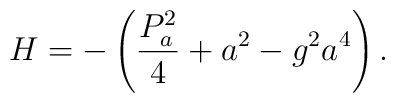
H = - \left( \frac{P_{a}^{2}}{4} + a^{2} - g^{2} a^{4}  \right).